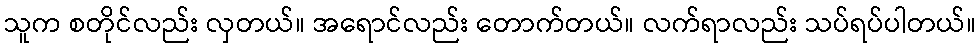
သူက စတိုင်လည်း လှတယ်။ အရောင်လည်း တောက်တယ်။ လက်ရာလည်း သပ်ရပ်ပါတယ်။